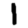
Digit: 1